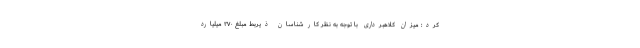
کرد: میزان کلاهبرداری با توجه به نظر کارشناسان ذیربط مبلغ ۲۷۰ میلیارد